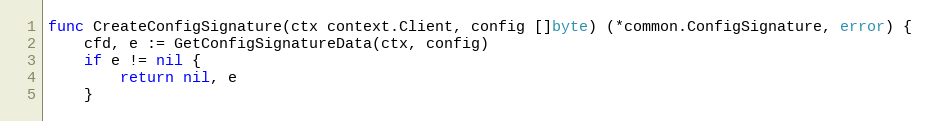
Language: Go
func CreateConfigSignature(ctx context.Client, config []byte) (*common.ConfigSignature, error) {
	cfd, e := GetConfigSignatureData(ctx, config)
	if e != nil {
		return nil, e
	}